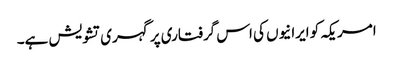
امریکہ کو ایرانیوں کی اس گرفتاری پر گہری تشویش ہے۔